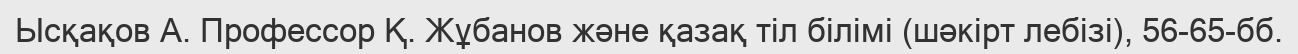
Ысқақов А. Профессор Қ. Жұбанов және қазақ тіл білімі (шәкірт лебізі), 56-65-бб.